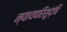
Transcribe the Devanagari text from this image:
न्यायपरिशुद्धि